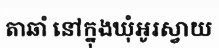
តាឆាំ នៅក្នុងឃុំអូរស្វាយ